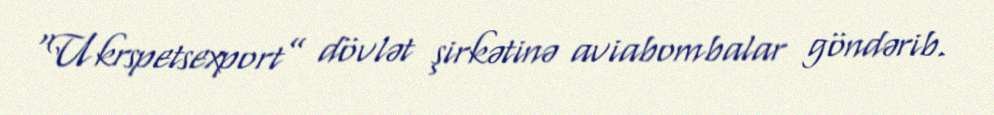
“Ukrspetsexport” dövlət şirkətinə aviabombalar göndərib.